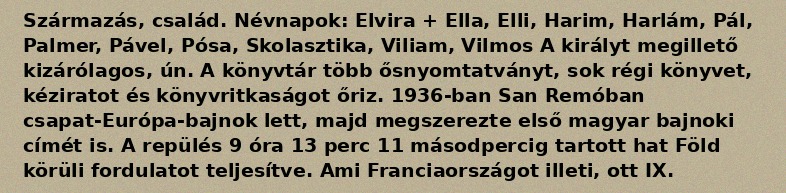
Származás, család. Névnapok: Elvira + Ella, Elli, Harim, Harlám, Pál, Palmer, Pável, Pósa, Skolasztika, Viliam, Vilmos A királyt megillető kizárólagos, ún. A könyvtár több ősnyomtatványt, sok régi könyvet, kéziratot és könyvritkaságot őriz. 1936-ban San Remóban csapat-Európa-bajnok lett, majd megszerezte első magyar bajnoki címét is. A repülés 9 óra 13 perc 11 másodpercig tartott hat Föld körüli fordulatot teljesítve. Ami Franciaországot illeti, ott IX.